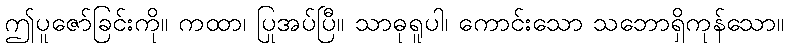
ဤပူဇော်ခြင်းကို။ ကထာ၊ ပြုအပ်ပြီ။ သာဓုရူပါ၊ ကောင်းသော သဘောရှိကုန်သော။